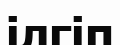
ілгіп